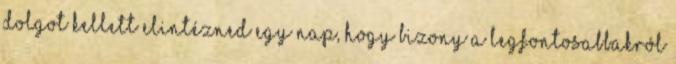
dolgot kellett elintézned egy nap, hogy bizony a legfontosabbakról